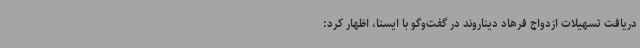
دریافت تسهیلات ازدواج فرهاد دیناروند در گفت‌وگو با ایسنا، اظهار کرد: